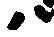
ハ